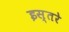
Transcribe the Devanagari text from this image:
इस्तरे